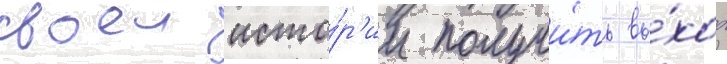
своеи исто́р'ии получи́ть вы́ход